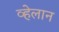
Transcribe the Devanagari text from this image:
व्हेलान